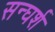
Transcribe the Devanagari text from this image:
सन्घर्श